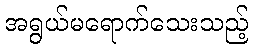
အရွယ်မရောက်သေးသည့်